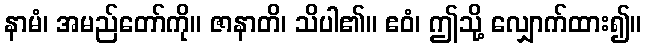
နာမံ၊ အမည်တော်ကို။ ဇာနာတိ၊ သိပါ၏။ ဧဝံ၊ ဤသို့ လျှောက်ထား၍။